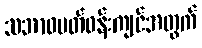
သဘာဝပတ်ဝန်းကျင်အတွက်